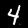
Label: 4